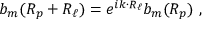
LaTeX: b _ { m } ( { \boldsymbol { R _ { p } + R _ { \ell } } } ) = e ^ { i { \boldsymbol { k \cdot R _ { \ell } } } } b _ { m } ( { \boldsymbol { R _ { p } } } ) \ ,